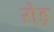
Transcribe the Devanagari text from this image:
रो्ड़